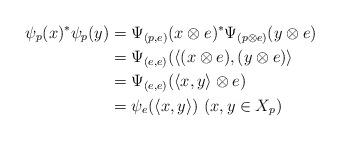
LaTeX: \begin{align*}\psi_p(x)^*\psi_p(y)&=\Psi_{(p,e)}(x\otimes e)^*\Psi_{(p\otimes e)}(y\otimes e)\\ &=\Psi_{(e,e)}(\langle (x\otimes e), (y\otimes e)\rangle\\ &=\Psi_{(e,e)}(\langle x, y\rangle\otimes e)\\ &=\psi_{e}(\langle x, y\rangle)\ (x, y\in X_p)\end{align*}